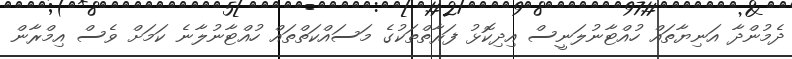
ދެމުންދާ އަނިޔާތައް ހުއްޓާނުލަނީސް އިދިކޮޅު ފަރާތްތަކުގެ މަސައްކަތްތައް ހުއްޓާނުލާނެ ކަމަށް ވެސް އިމްރާން